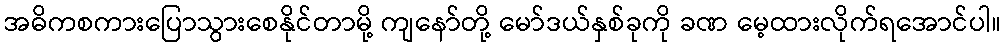
အဓိကစကားပြောသွားစေနိုင်တာမို့ ကျနော်တို့ မော်ဒယ်နှစ်ခုကို ခဏ မေ့ထားလိုက်ရအောင်ပါ။